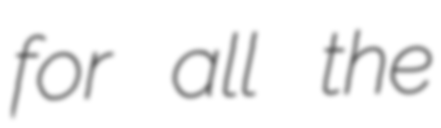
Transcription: for all the